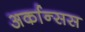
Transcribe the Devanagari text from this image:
अर्कान्सस